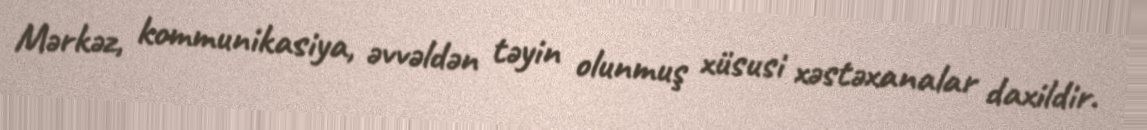
Mərkəz, kommunikasiya, əvvəldən təyin olunmuş xüsusi xəstəxanalar daxildir.